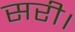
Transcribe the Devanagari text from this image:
सरी।